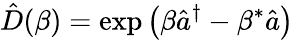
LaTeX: \hat{D}(\beta)=\exp\left(\beta\hat{a}^{\dagger}-\beta^{\ast}\hat{a}\right)